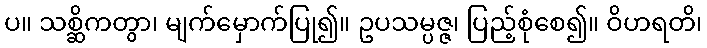
ပ။ သစ္ဆိကတွာ၊ မျက်မှောက်ပြု၍။ ဥပသမ္ပဇ္ဇ၊ ပြည့်စုံစေ၍။ ဝိဟရတိ၊